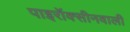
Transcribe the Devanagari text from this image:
पाइरॉक्सीनवाली